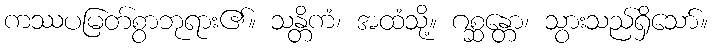
ကဿပမြတ်စွာဘုရား၏။ သန္တိကံ၊ အထံသို့။ ဂစ္ဆန္တော၊ သွားသည်ရှိသော်။